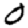
Digit: 0